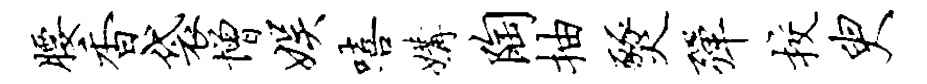
腰香袋增娱嘻媾陶抽燹弹校臾